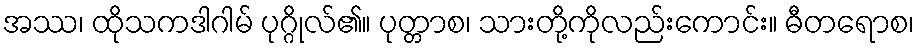
အဿ၊ ထိုသကဒါဂါမ် ပုဂ္ဂိုလ်၏။ ပုတ္တာစ၊ သားတို့ကိုလည်းကောင်း။ ဓီတရောစ၊